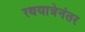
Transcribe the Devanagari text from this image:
रथयात्रेनंतर